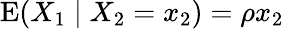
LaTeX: \operatorname{E}(X_{1}\mid X_{2}=x_{2})=\rho x_{2}